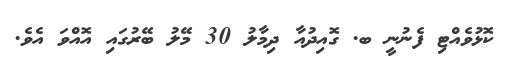
ކޮޅުވެއްޓި ފެނުނީ ބ. ގޮއިދުއާ ދިމާލު 30 މޭލު ބޭރުގައި އޮއްވަ އެވެ.